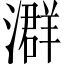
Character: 𪷧